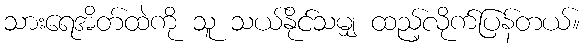
သားရေအိတ်ထဲကို သူ သယ်နိုင်သမျှ ထည့်လိုက်ပြန်တယ်။